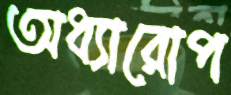
অধ্যারোপ